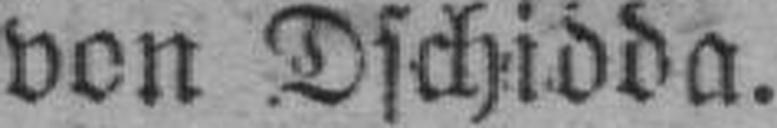
von Dschidda.